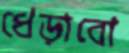
ধেড়াবো